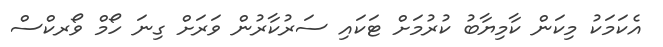
އެކަމަކު މިކަން ކާމިޔާބު ކުރުމަށް ޓަކައި ސަރުކާރުން ވަރަށް ގިނަ ހޯމް ވޯރކްސް